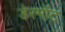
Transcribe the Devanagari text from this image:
डेरमॉट